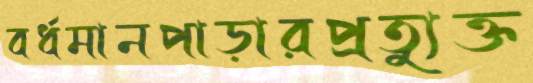
বর্ধমানপাড়ারপ্রত্যুক্ত